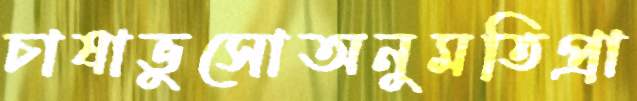
চাষাভুসোঅনুমতিপ্রা